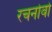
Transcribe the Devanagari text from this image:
रचनोवो